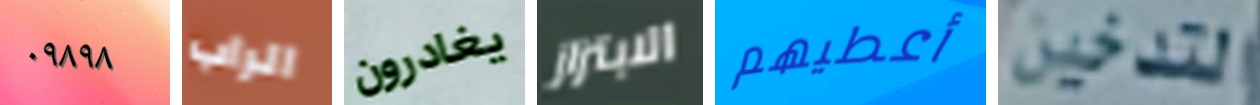
٠٩٨٩٨ الراب يغادرون الابتزاز أعطيهم التدخين